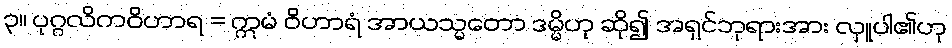
၃။ ပုဂ္ဂလိကဝိဟာရ = ဣမံ ဝိဟာရံ အာယသ္မတော ဒမ္မိဟု ဆို၍ အရှင်ဘုရားအား လှူပါ၏ဟု